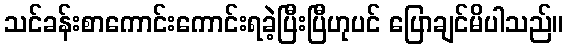
သင်ခန်းစာကောင်းကောင်းရခဲ့ပြီးပြီဟုပင် ပြောချင်မိပါသည်။